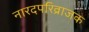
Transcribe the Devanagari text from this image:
नारदपरिव्राजक